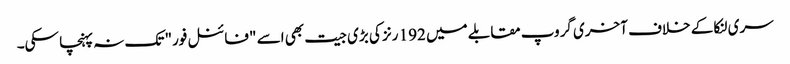
سری لنکا کے خلاف آخری گروپ مقابلے میں 192 رنز کی بڑی جیت بھی اسے "فائنل فور" تک نہ پہنچا سکی۔